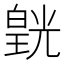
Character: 皝